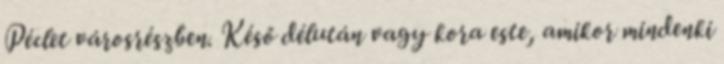
Péclet városrészben. Késő délután vagy kora este, amikor mindenki